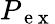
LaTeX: P_{\mathrm{~e~x~}}